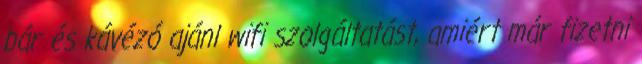
bár és kávézó ajánl wifi szolgáltatást, amiért már fizetni